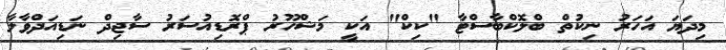
މިދަޔަ އަހަރު ނިކުތް ބްލޮކްބާސްޓާ "ކިކް" އަކީ މަޝްހޫރު ޕްރޮޑިއުސަރު ސާޖިދް ނަޑިއަދްވާލާ